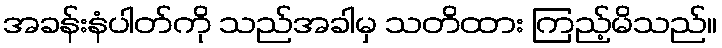
အခန်းနံပါတ်ကို သည်အခါမှ သတိထား ကြည့်မိသည်။